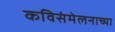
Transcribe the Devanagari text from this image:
कविसंमेलनाच्या